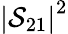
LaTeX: \left|\mathcal{S}_{21}\right|^{2}